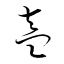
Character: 盍